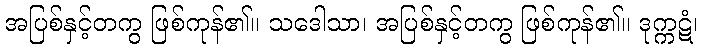
အပြစ်နှင့်တကွ ဖြစ်ကုန်၏။ သဒေါသာ၊ အပြစ်နှင့်တကွ ဖြစ်ကုန်၏။ ဒုက္ကဋံ၊